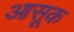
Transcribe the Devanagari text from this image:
आसूक